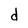
Character: d